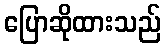
ပြောဆိုထားသည်